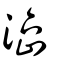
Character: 澏